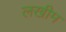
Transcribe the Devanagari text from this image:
लखीम